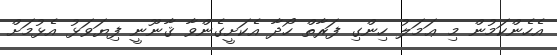
އެހެންކަމުން މި ޢަމަލު ހިންގި ފަރާތް ހޯދާ އެކަށީގެންވާ ޤާނޫނީ ފިޔަވަޅު އެޅުމަށް